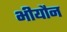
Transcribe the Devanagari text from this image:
भीयौन